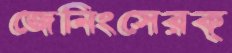
জেনিংসেরক্